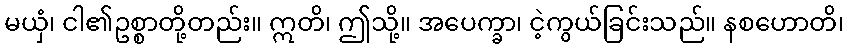
မယှံ၊ ငါ၏ဥစ္စာတို့တည်း။ ဣတိ၊ ဤသို့။ အပေက္ခာ၊ ငဲ့ကွယ်ခြင်းသည်။ နစဟောတိ၊